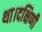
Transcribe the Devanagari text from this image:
था।दक्षिणी